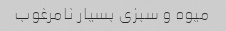
میوه و سبزی بسیار نامرغوب